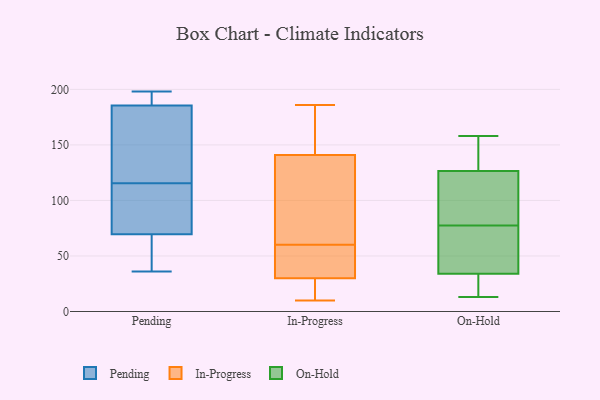
{"axis": {"x": "Headcount", "y": "Value"}, "legend": ["In-Progress", "On-Hold", "Pending"], "data": [{"x": "", "y": 115, "type": "Pending"}, {"x": "", "y": 36, "type": "Pending"}, {"x": "", "y": 67, "type": "Pending"}, {"x": "", "y": 72, "type": "Pending"}, {"x": "", "y": 72, "type": "Pending"}, {"x": "", "y": 193, "type": "Pending"}, {"x": "", "y": 160, "type": "Pending"}, {"x": "", "y": 50, "type": "Pending"}, {"x": "", "y": 198, "type": "Pending"}, {"x": "", "y": 178, "type": "Pending"}, {"x": "", "y": 193, "type": "Pending"}, {"x": "", "y": 116, "type": "Pending"}, {"x": "", "y": 41, "type": "In-Progress"}, {"x": "", "y": 14, "type": "In-Progress"}, {"x": "", "y": 10, "type": "In-Progress"}, {"x": "", "y": 41, "type": "In-Progress"}, {"x": "", "y": 141, "type": "In-Progress"}, {"x": "", "y": 161, "type": "In-Progress"}, {"x": "", "y": 101, "type": "In-Progress"}, {"x": "", "y": 160, "type": "In-Progress"}, {"x": "", "y": 30, "type": "In-Progress"}, {"x": "", "y": 78, "type": "In-Progress"}, {"x": "", "y": 186, "type": "In-Progress"}, {"x": "", "y": 29, "type": "In-Progress"}, {"x": "", "y": 42, "type": "In-Progress"}, {"x": "", "y": 129, "type": "In-Progress"}, {"x": "", "y": 155, "type": "On-Hold"}, {"x": "", "y": 137, "type": "On-Hold"}, {"x": "", "y": 94, "type": "On-Hold"}, {"x": "", "y": 27, "type": "On-Hold"}, {"x": "", "y": 118, "type": "On-Hold"}, {"x": "", "y": 158, "type": "On-Hold"}, {"x": "", "y": 135, "type": "On-Hold"}, {"x": "", "y": 92, "type": "On-Hold"}, {"x": "", "y": 89, "type": "On-Hold"}, {"x": "", "y": 44, "type": "On-Hold"}, {"x": "", "y": 21, "type": "On-Hold"}, {"x": "", "y": 79, "type": "On-Hold"}, {"x": "", "y": 76, "type": "On-Hold"}, {"x": "", "y": 70, "type": "On-Hold"}, {"x": "", "y": 155, "type": "On-Hold"}, {"x": "", "y": 41, "type": "On-Hold"}, {"x": "", "y": 13, "type": "On-Hold"}, {"x": "", "y": 19, "type": "On-Hold"}, {"x": "", "y": 26, "type": "On-Hold"}, {"x": "", "y": 74, "type": "On-Hold"}]}